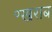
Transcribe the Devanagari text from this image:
॰खराब